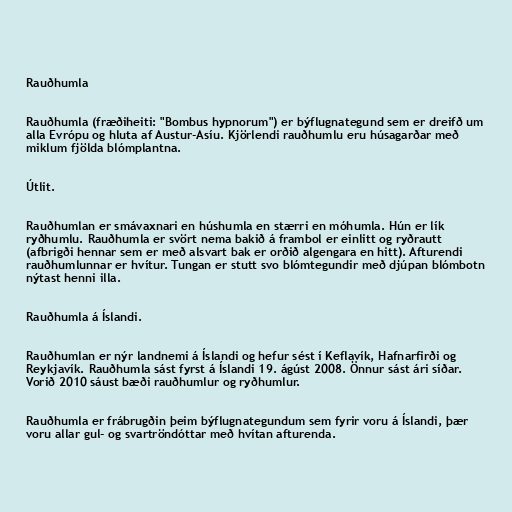
Rauðhumla

Rauðhumla (fræðiheiti: "Bombus hypnorum") er býflugnategund sem er dreifð um
alla Evrópu og hluta af Austur-Asíu. Kjörlendi rauðhumlu eru húsagarðar með
miklum fjölda blómplantna.

Útlit.

Rauðhumlan er smávaxnari en húshumla en stærri en móhumla. Hún er lík
ryðhumlu. Rauðhumla er svört nema bakið á frambol er einlitt og ryðrautt
(afbrigði hennar sem er með alsvart bak er orðið algengara en hitt). Afturendi
rauðhumlunnar er hvítur. Tungan er stutt svo blómtegundir með djúpan blómbotn
nýtast henni illa.

Rauðhumla á Íslandi.

Rauðhumlan er nýr landnemi á Íslandi og hefur sést í Keflavík, Hafnarfirði og
Reykjavík. Rauðhumla sást fyrst á Íslandi 19. ágúst 2008. Önnur sást ári síðar.
Vorið 2010 sáust bæði rauðhumlur og ryðhumlur.

Rauðhumla er frábrugðin þeim býflugnategundum sem fyrir voru á Íslandi, þær
voru allar gul- og svartröndóttar með hvítan afturenda.